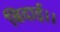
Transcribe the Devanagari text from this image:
बिदाई।।